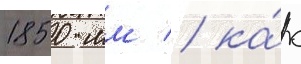
1850 мм / ка́к